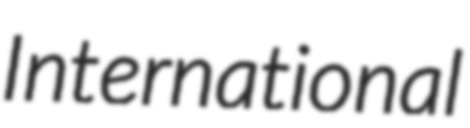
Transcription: International